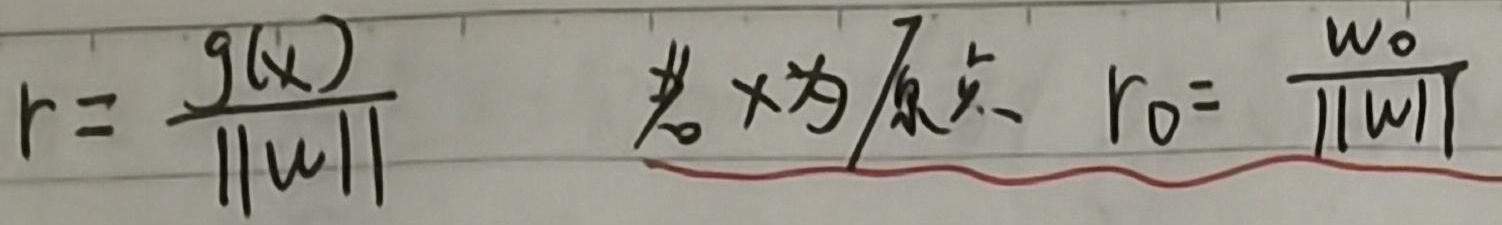
\(r = \frac{g(x)}{\|w\|}\)。若\(x\)为原点，则\(r_0 = \frac{w_0}{\|w\|}\)